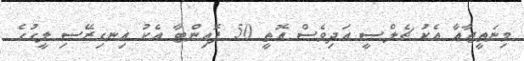
މިނަތީޖާއާ އެކު ޗެލްސީ އަދިވެސް އޮތީ 50 ޕޮއިންޓާ އެކު އިނގިރޭސި ލީގުގެ